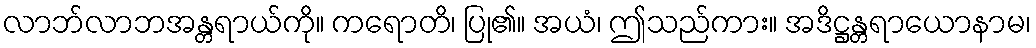
လာဘ်လာဘအန္တရာယ်ကို။ ကရောတိ၊ ပြု၏။ အယံ၊ ဤသည်ကား။ အဒိဋ္ဌန္တရာယောနာမ၊